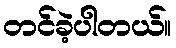
တင်ခဲ့ပါတယ်။